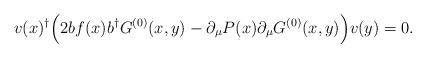
LaTeX: \begin{align*}v(x)^\dagger \Bigl(2 b f(x) b^\dagger G^{(0)}(x,y) - \partial_\mu P(x) \partial_\mu G^{(0)}(x,y) \Bigr) v(y)= 0.\end{align*}